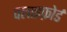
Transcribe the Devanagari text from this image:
क्लाइफ़ोर्ड